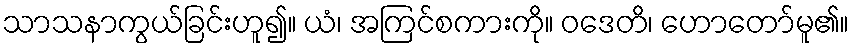
သာသနာကွယ်ခြင်းဟူ၍။ ယံ၊ အကြင်စကားကို။ ဝဒေတိ၊ ဟောတော်မူ၏။